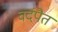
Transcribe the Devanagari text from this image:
वर्दपैत